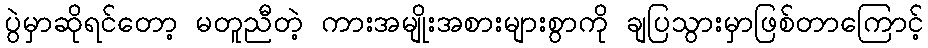
ပွဲမှာဆိုရင်တော့ မတူညီတဲ့ ကားအမျိုးအစားများစွာကို ချပြသွားမှာဖြစ်တာကြောင့်